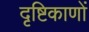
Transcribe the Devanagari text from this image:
दृष्टिकाणों